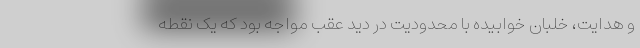
و هدایت، خلبان خوابیده با محدودیت در دید عقب مواجه بود که یک نقطه